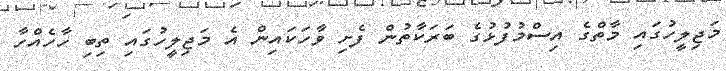
މަޖިލީހުގައި މާތްގެ އިސްމުފުޅުގެ ބަރަކާތުން ފެށި ވާހަކައިން އެ މަޖިލީހުގައި ތިބި ހާހެއްހާ